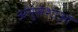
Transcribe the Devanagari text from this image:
अनुसंशाओं